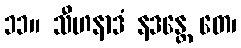
၁၁။ သီဟနာဒံ နဒန္တေ တေ၊